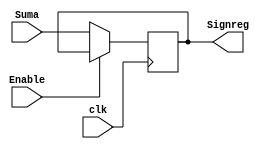
`timescale 1ns / 1ps
//////////////////////////////////////////////////////////////////////////////////
// Company: 
// Engineer: 
// 
// Design Name: 
// Module Name:    Registro_Suma 
// Project Name: 
// Target Devices: 
// Tool versions: 
// Description: 
//
// Dependencies: 
//
// Revision: 
// Revision 0.01 - File Created
// Additional Comments: 
//
//////////////////////////////////////////////////////////////////////////////////
module Registro_Suma #(parameter N = 25 /* Valor de N*/)(
	input wire [2*N-1:0] Suma,
	input wire Enable,clk,
	output wire [2*N-1:0] Signreg
    );

reg [2*N-1:0] Reg;



	always@(posedge clk)
		begin
			Reg <= 0;
			if(Enable)
				Reg <= Reg;
			else
				Reg <= Suma;
		end
		
assign Signreg = Reg;

endmodule